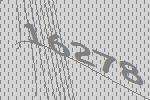
16278